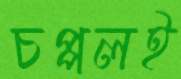
চপ্পলই